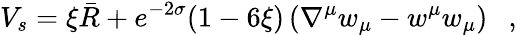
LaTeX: V_{s}=\xi\bar{R}+e^{-2\sigma}(1-6\xi)\left(\nabla^{\mu}w_{\mu}-w^{\mu}w_{\mu}\right){}~~~,